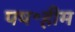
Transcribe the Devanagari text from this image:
पष॰हीम